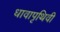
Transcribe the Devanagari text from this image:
धावापृथिवी